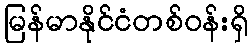
မြန်မာနိုင်ငံတစ်ဝန်းရှိ